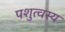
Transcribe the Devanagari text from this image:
पशुत्वस्य